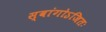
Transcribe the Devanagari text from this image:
स्वांगोऽजितः